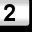
Digit: 2